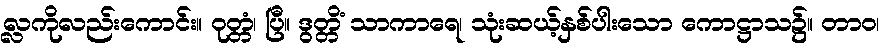
လ္လကိုလည်းကောင်း။ ဝုတ္တံ၊ ပြီ။ ဒွတ္တိံ သာကာရေ၊ သုံးဆယ့်နှစ်ပါးသော ကောဋ္ဌာသ၌။ တာဝ၊